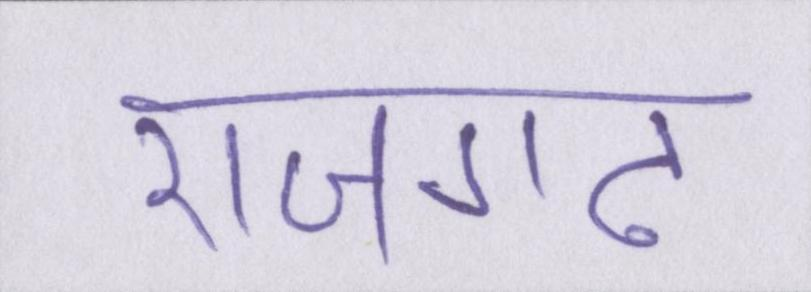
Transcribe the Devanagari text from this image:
राजगढ